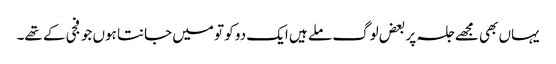
یہاں بھی مجھے جلسہ پر بعض لوگ ملے ہیں ایک دو کو تو میں جانتا ہوں جو فجی کے تھے۔